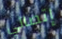
إتصالي